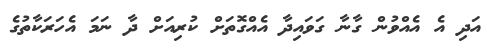
އަދި އެ އެއްވުން ގާނާ ގަވައިދާ އެއްގޮތަށް ކުރިއަށް ދާ ނަމަ އެހަރަކާތުގެ